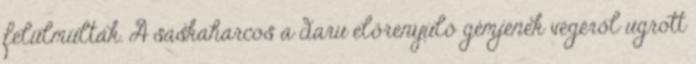
felülmúlták. A sáskaharcos a daru előrenyúló gémjének végéről ugrott